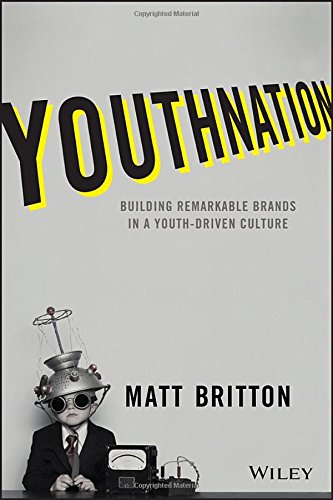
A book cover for YouthNation: Building Remarkable Brands in a Youth-Driven Culture; Matt Britton; Business & Money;